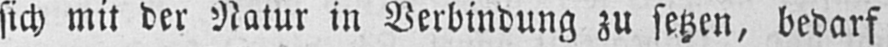
sich mit der Natur in Verbindung zu setzen, bedarf